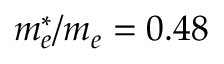
m _ { e } ^ { * } / m _ { e } = 0 . 4 8